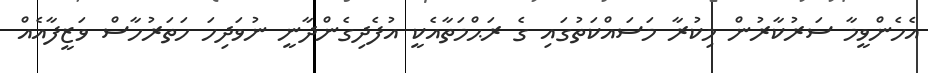
އެހެންވީމާ ސަރުކާރުން މިކުރާ މަސައްކަތުގައި ގެ ރަޙްމަތާއެކީ އުފެދިގެންދާނީ ނުވަދިހަ ހަތަރުހާސް ވަޒީފާއެއް